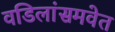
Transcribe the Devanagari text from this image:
वडिलांसमवेत